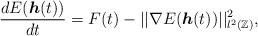
LaTeX: \begin{align*}\frac{dE(\boldsymbol{h}(t))}{dt} = F(t) - || \nabla E(\boldsymbol{h}(t)) ||^2_{l^2(\mathbb{Z})}, \end{align*}